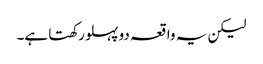
لیکن یہ واقعہ دو پہلو رکھتا ہے۔